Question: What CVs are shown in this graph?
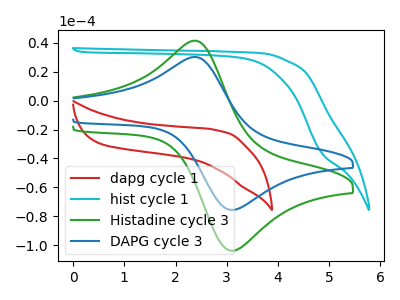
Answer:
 <answer>The red curve is labeled "dapg cycle 1". The cyan curve is labeled "hist cycle 1". The green curve is labeled "Histadine cycle 3". The blue curve is labeled "DAPG cycle 3".</answer>
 <eval></eval>